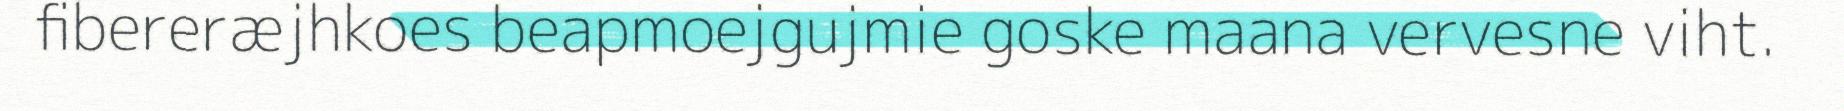
fibereræjhkoes beapmoejgujmie goske maana vervesne viht.